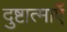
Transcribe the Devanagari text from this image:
दुष्टात्माएँ